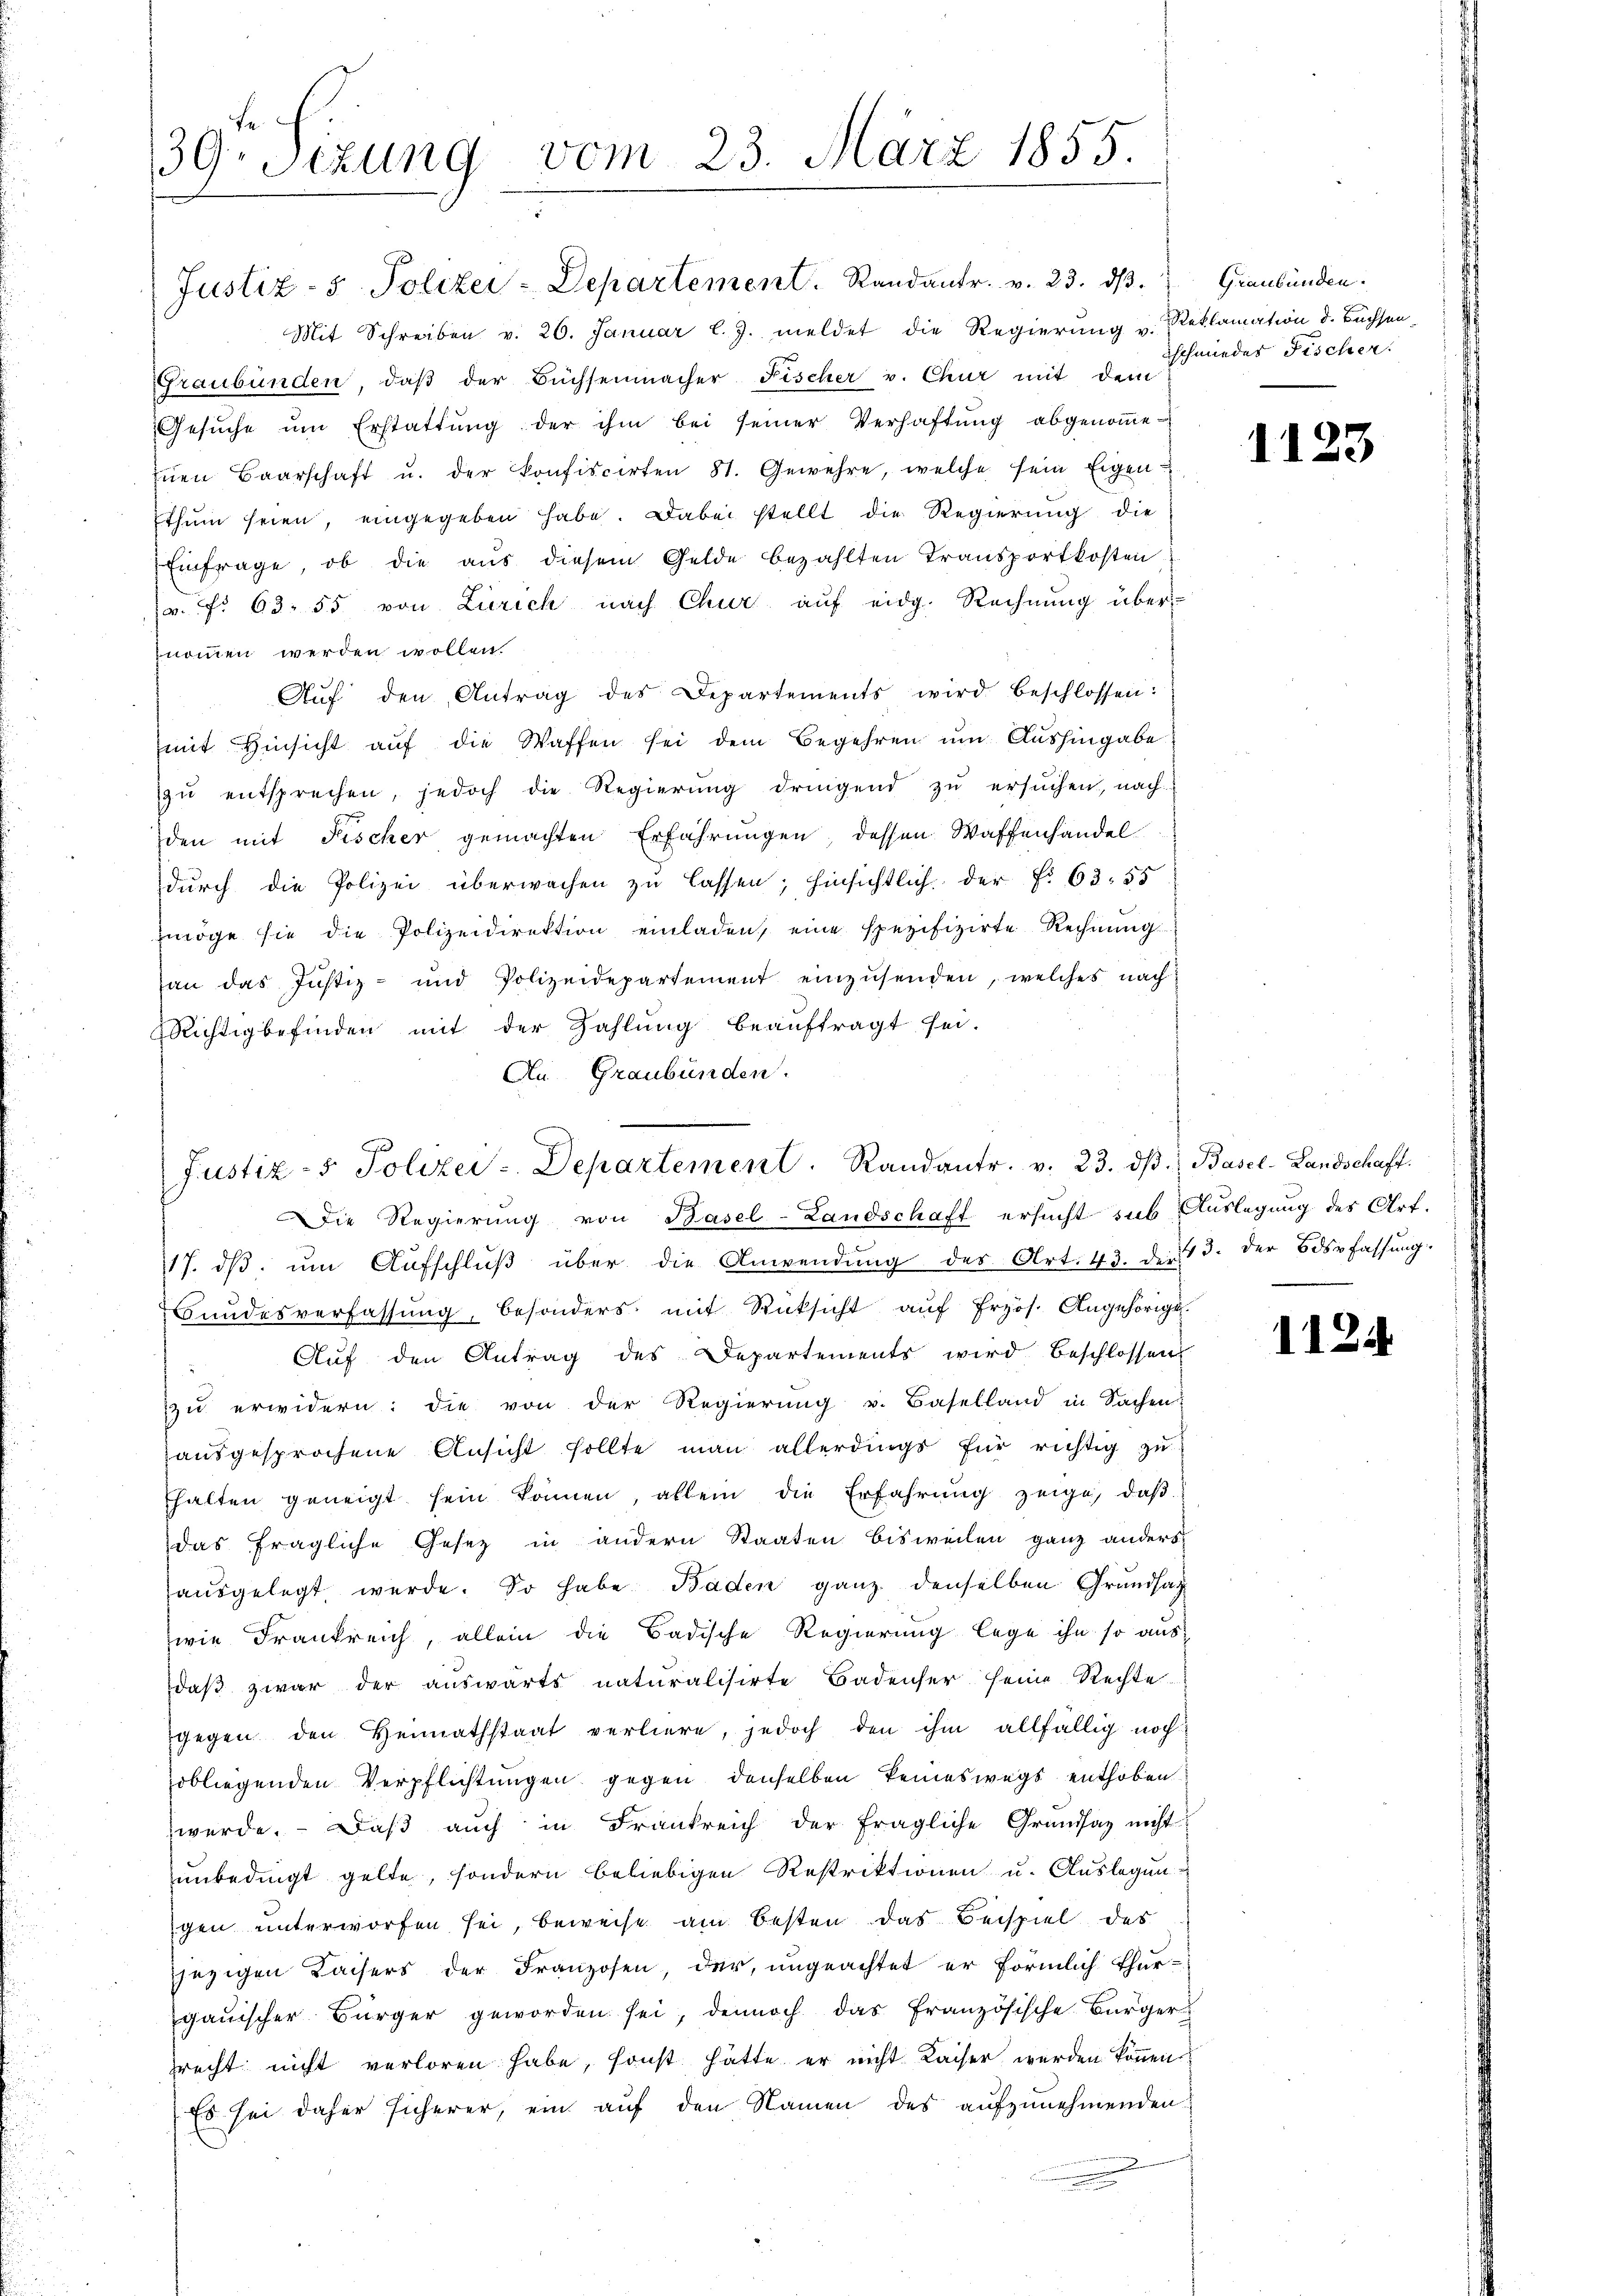
39. Sizung vom 23. März 1855.

Mit Schreiben v. 26. Januar l. J. meldet die Regierung v. Reklamation d. Büchsen-
Graubünden, daβ der Büchsenmacher Fischer v. Chur mit dem
Gesŭche ŭm Erstattŭng der ihm bei seiner Verhaftŭng abgenoṁe
zŭen Baarschaft u. der konfiscirten 81. Gewehre, welche sein Eigen
thum seien, eingegeben habe. Dabei stellt die Regierung die
Einfrage, ob die aus diesem Gelde bezahlten Transportkosten
r. f. 63. 55 von Zürich nach Chur auf eidg. Rechnŭng übernommen werden wollen.
Aŭf den Antrag des Departements wird beschlossen:
mit Hinsicht auf die Waffen sei dem Begehren um Aushingabe
zŭ entsprechen, jedoch die Regierŭng dringend zŭ ersŭchen, nach
den mit Fischer gemachten Erfahrungen, dessen Waffenhandel
durch die Polizei überwachen zu lassen; hinsichtlich der f. 63. 55
möge sie die Polizeidirektion einladen, eine spezifizirte Rechnŭng
an das Justiz- und Polizeidepartement einzŭsenden, welches nach
Richtigbefinden mit der Zahlung beauftragt sei.
An Graubünden.

Justiz- & Polizei-Departement. Randantr. v. 23. dβ.

Justiz- & Polizei-Departement. Randantr. v. 23. dβ. Basel-Landschaft.

Die Regierung von Basel-Landschaft ersucht sub Auslegung des Art.
17. dβ ŭm Aŭfschlŭβ über die Anwendŭng des Art. 43. die 13. der Bdspfassŭng.
Bundesverfassung, besonders mit Rücksicht auf Erzös. Angehörige.
Aŭf den Antrag des Departements wird beschlossen
zu erwidern: die von der Regierung v. Baselland in Sachen
ausgesprochene Ansicht sollte man allerdings für richtig zu
halten geneigt sein können, allein die Erfahrŭng zeige, daβ
das fragliche Gesetz in andern Staaten bisweilen ganz anders
ausgelegt werde. So habe Baden ganz denselben Grundsatz
wie Frankreich, allein die Badische Regierung lege ihn so aus
daβ zwar der aŭswärts naturalisirte Badenser seine Rechte
gegen den Heimathstaat verliere, jedoch den ihm allfällig noch
obliegenden Verpflichtungen gegen denselben keineswegs enthoben
werde. Daβ aŭch in Frankreich der fragliche Grundsaz nicht
unbedingt gelte, sondern beliebigen Restrektionen u. Auslegen
gen unterworfen sei, beweise am besten das Beispiel des
jezigen Kaisers der Franzosen, der, ungeachtet er förmlich Thurgauischer Bürger geworden sei, dennoch das französische Bürger
precht nicht verloren habe, sonst hätte er nicht Kaiser werden können
Es sei daher sicherer, ein auf den Namen des aufzunehmenden

Graubünden.
schmiedes Fischer.

1123

11.